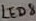
Text: LED8